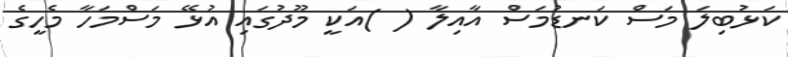
ކަޅުބިލަ މަސް ކަނޑުމަސް އާއިލާ ( )އަކީ މޫދުގައި އުޅޭ މަސްމަހާ މެހީގެ